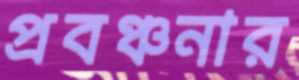
প্রবঞ্চনার